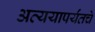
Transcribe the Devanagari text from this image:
अव्ययापर्यंतचे